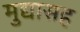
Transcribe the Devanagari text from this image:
मुद्यासह